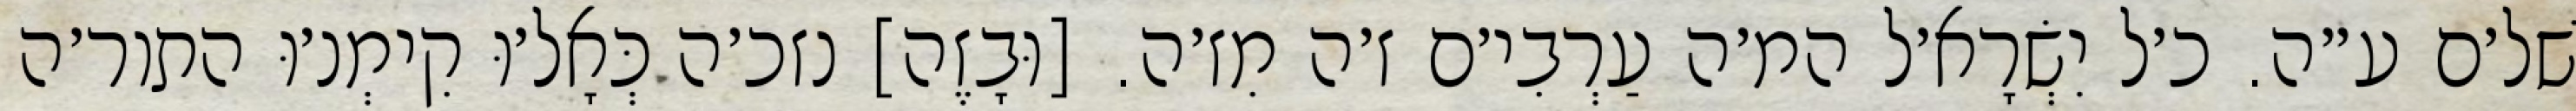
שׁל׳ם ע״ה. כ׳ל יִשְׂרָא׳ל המ׳ה עַרְבִי׳ם ז׳ה מִז׳ה. [וּבָזֶה] נזכ׳ה כְּאָל׳וּ קִימְנ׳וּ התור׳ה